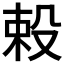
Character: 𬆥